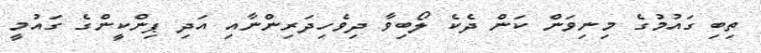
ތިބި ގައުމުގެ މިނިވަން ކަން ދެކެ ލޯބިވާ ދިވެހިދަރިންނާއި އަދި ޕިންކީންގެ ގައުމީ